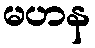
မဟန